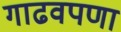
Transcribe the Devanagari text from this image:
गाढवपणा